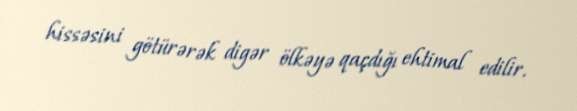
hissəsini götürərək digər ölkəyə qaçdığı ehtimal edilir.